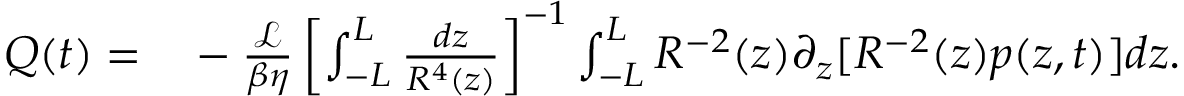
\begin{array} { r l } { Q ( t ) = } & { { } - \frac { \mathcal { L } } { \beta \eta } \left[ \int _ { - L } ^ { L } \frac { d z } { R ^ { 4 } ( z ) } \right] ^ { - 1 } \int _ { - L } ^ { L } R ^ { - 2 } ( z ) \partial _ { z } [ R ^ { - 2 } ( z ) p ( z , t ) ] d z . } \end{array}